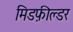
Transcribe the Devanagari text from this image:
मिडफ़ील्डर